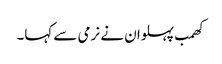
کھمب پہلوان نے نرمی سے کہا۔